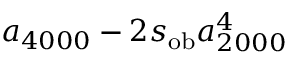
a _ { 4 0 0 0 } - 2 s _ { \mathrm { o b } } a _ { 2 0 0 0 } ^ { 4 }